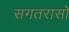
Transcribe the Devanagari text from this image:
सगतरासो